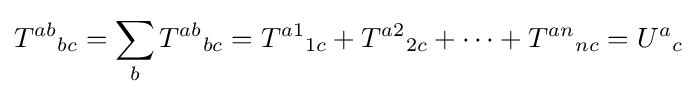
T^{ab}{}_{bc}=\sum _{b}{T^{ab}{}_{bc}}=T^{a1}{}_{1c}+T^{a2}{}_{2c}+\cdots +T^{an}{}_{nc}=U^{a}{}_{c}